Vaccination in Bombay 1869-1873 - 1869-1873
Year: 1869
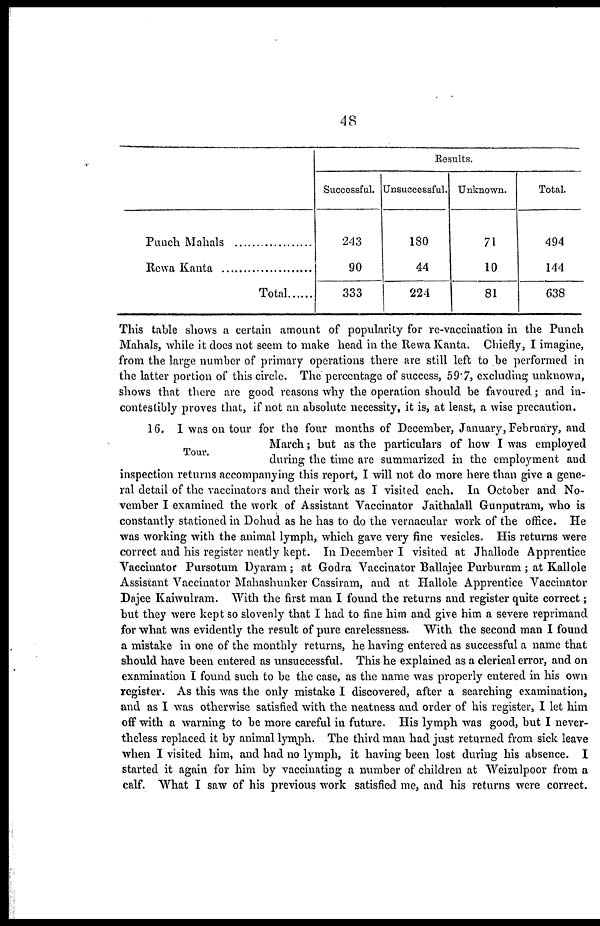
48
Punch Mahals ...................
Rewa Kanta ......................
Total......
Results.
Successful.
243
90
333
Unsuccessful.
180
44
224
Unknown.
71
10
81
Total.
494
144
638
This table shows a certain amount of popularity for re-vaccination in the Punch
Mahals, while it does not seem to make head in the Rewa Kanta. Chiefly, I imagine,
from the large number of primary operations there are still left to be performed in
the latter portion of this circle. The percentage of success, 59.7, excluding unknown,
shows that there are good reasons why the operation should be favoured; and in-
contestibly proves that, if not an absolute necessity, it is, at least, a wise precaution.
Tour.
16. I was on tour for the four months of December, January, February, and
March; but as the particulars of how I was employed
during the time are summarized in the employment and
inspection returns accompanying this report, I will not do more here than give a gene-
ral detail of the vaccinators and their work as I visited each. In October and No-
vember I examined the work of Assistant Vaccinator Jaithalall Gunputram, who is
constantly stationed in Dohud as he has to do the vernacular work of the office. He
was working with the animal lymph, which gave very fine vesicles. His returns were
correct and his register neatly kept. In December I visited at Jhallode Apprentice
Vaccinator Pursotum Dyaram; at Godra Vaccinator Ballajee Purburam ; at Kallole
Assistant Vaccinator Mahashunker Cassiram, and at Hallole Apprentice Vaccinator
Dajee Kaiwulram. With the first man I found the returns and register quite correct;
but they were kept so slovenly that I had to fine him and give him a severe reprimand
for what was evidently the result of pure carelessness. With the second man I found
a mistake in one of the monthly returns, he having entered as successful a name that
should have been entered as unsuccessful. This he explained as a clerical error, and on
examination I found such to be the case, as the name was properly entered in his own
register. As this was the only mistake I discovered, after a searching examination,
and as I was otherwise satisfied with the neatness and order of his register, I let him
off with a warning to be more careful in future. His lymph was good, but I never-
theless replaced it by animal lymph. The third man had just returned from sick leave
when I visited him, and had no lymph, it having been lost during his absence. I
started it again for him by vaccinating a number of children at Weizulpoor from a
calf. What I saw of his previous work satisfied me, and his returns were correct.